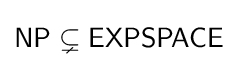
{\mathsf {NP\subsetneq EXPSPACE}}